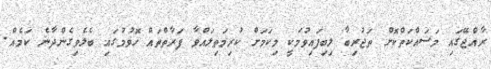
ރާއްޖޭގައި މަސައްކަތްކޮށް ތަޖުރިބާ ލިބިފައިވުމަކީ މިކަމަށް ކުރިމަތިލައްވާ ފަރާތްތައް ހޮވުމުގައި ބެލެވިގެންދާނެ ކަމެއް.